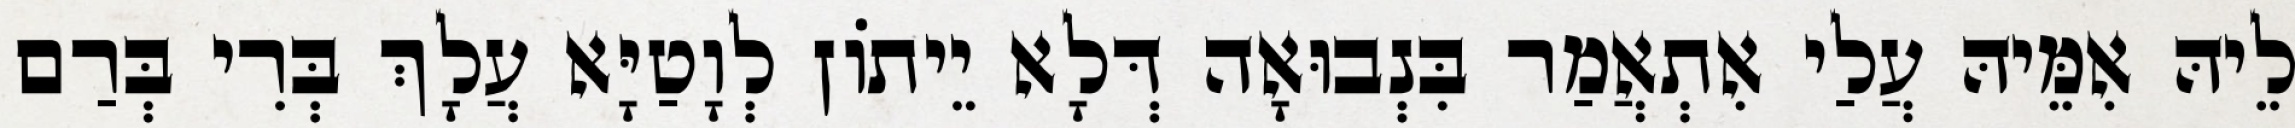
לֵיהּ אִמֵּיהּ עֲלַי אִתְאֲמַר בִּנְבוּאָה דְּלָא יֵיתוֹן לְוָטַיָּא עֲלָךְ בְּרִי בְּרַם